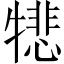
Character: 𪺵